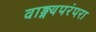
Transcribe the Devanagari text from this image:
वाङ्मयपरंपरा